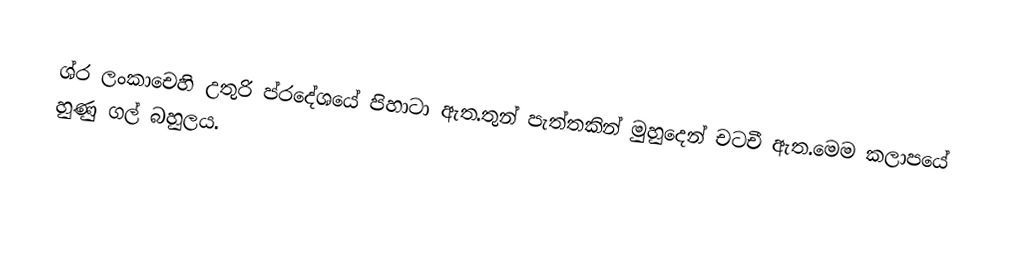
ශ්ර ලංකාචෙහි උතුරි ප්රදේශයේ පිහාටා ඇත.තුන් පැත්තකින් මුහුදෙන් චටචී ඇත.මෙම කලාපයේ හුණු ගල් බහුලය.